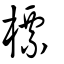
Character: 標